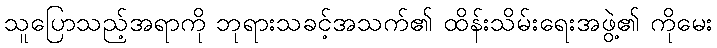
သူပြောသည့်အရာကို ဘုရားသခင့်အသက်၏ ထိန်းသိမ်းရေးအဖွဲ့၏ ကိုမေး